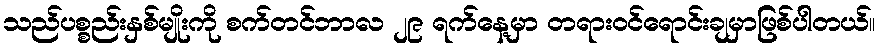
သည်ပစ္စည်းနှစ်မျိုးကို စက်တင်ဘာလ ၂၉ ရက်နေ့မှာ တရားဝင်ရောင်းချမှာဖြစ်ပါတယ်။